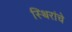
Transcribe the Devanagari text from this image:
स्थिरांचे